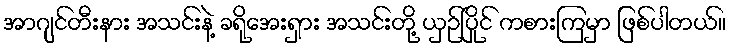
အာဂျင်တီးနား အသင်းနဲ့ ခရိုအေးရှား အသင်းတို့ ယှဉ်ပြိုင် ကစားကြမှာ ဖြစ်ပါတယ်။